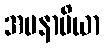
အမနာပိယာ